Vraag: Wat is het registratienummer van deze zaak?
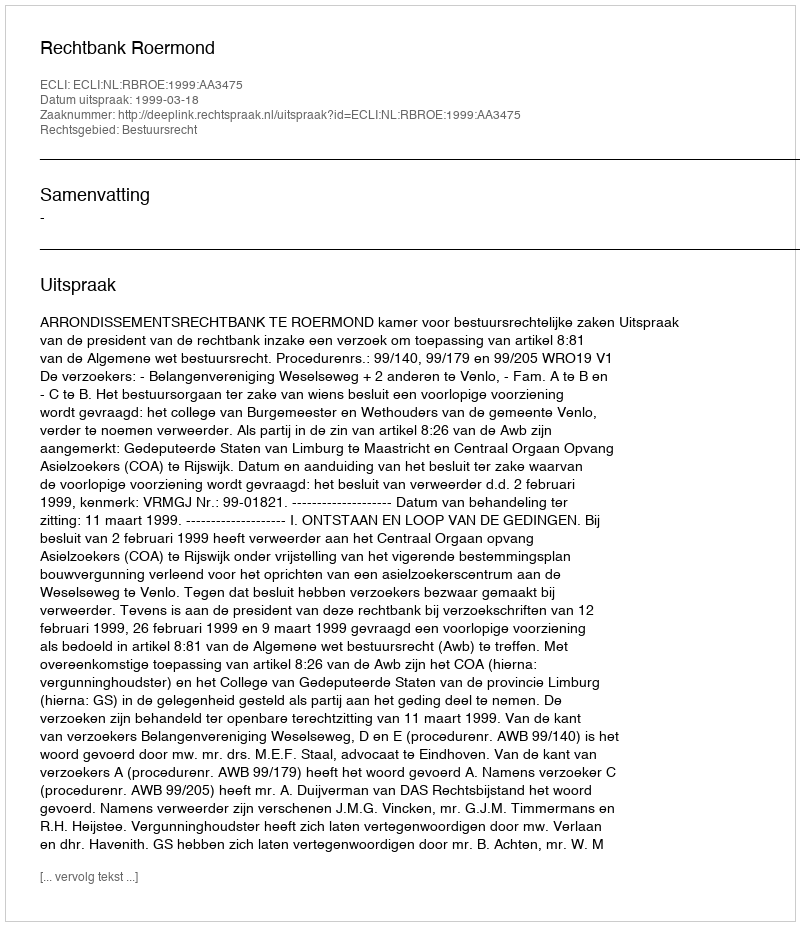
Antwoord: http://deeplink.rechtspraak.nl/uitspraak?id=ECLI:NL:RBROE:1999:AA3475